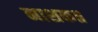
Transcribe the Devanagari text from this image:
नाशक॥